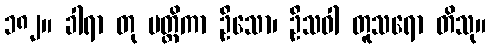
၁၈၂။ ခါရာ တု မတ္တိကာ ဦသော၊ ဦသဝါ တူသရော တိသု။